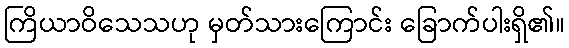
ကြိယာဝိသေသဟု မှတ်သားကြောင်း ခြောက်ပါးရှိ၏။